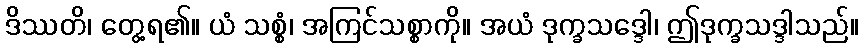
ဒိဿတိ၊ တွေ့ရ၏။ ယံ သစ္စံ၊ အကြင်သစ္စာကို။ အယံ ဒုက္ခသဒ္ဒေါ၊ ဤဒုက္ခသဒ္ဒါသည်။